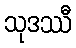
သုဒဿီ